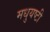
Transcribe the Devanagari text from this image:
मधुयष्‍टी